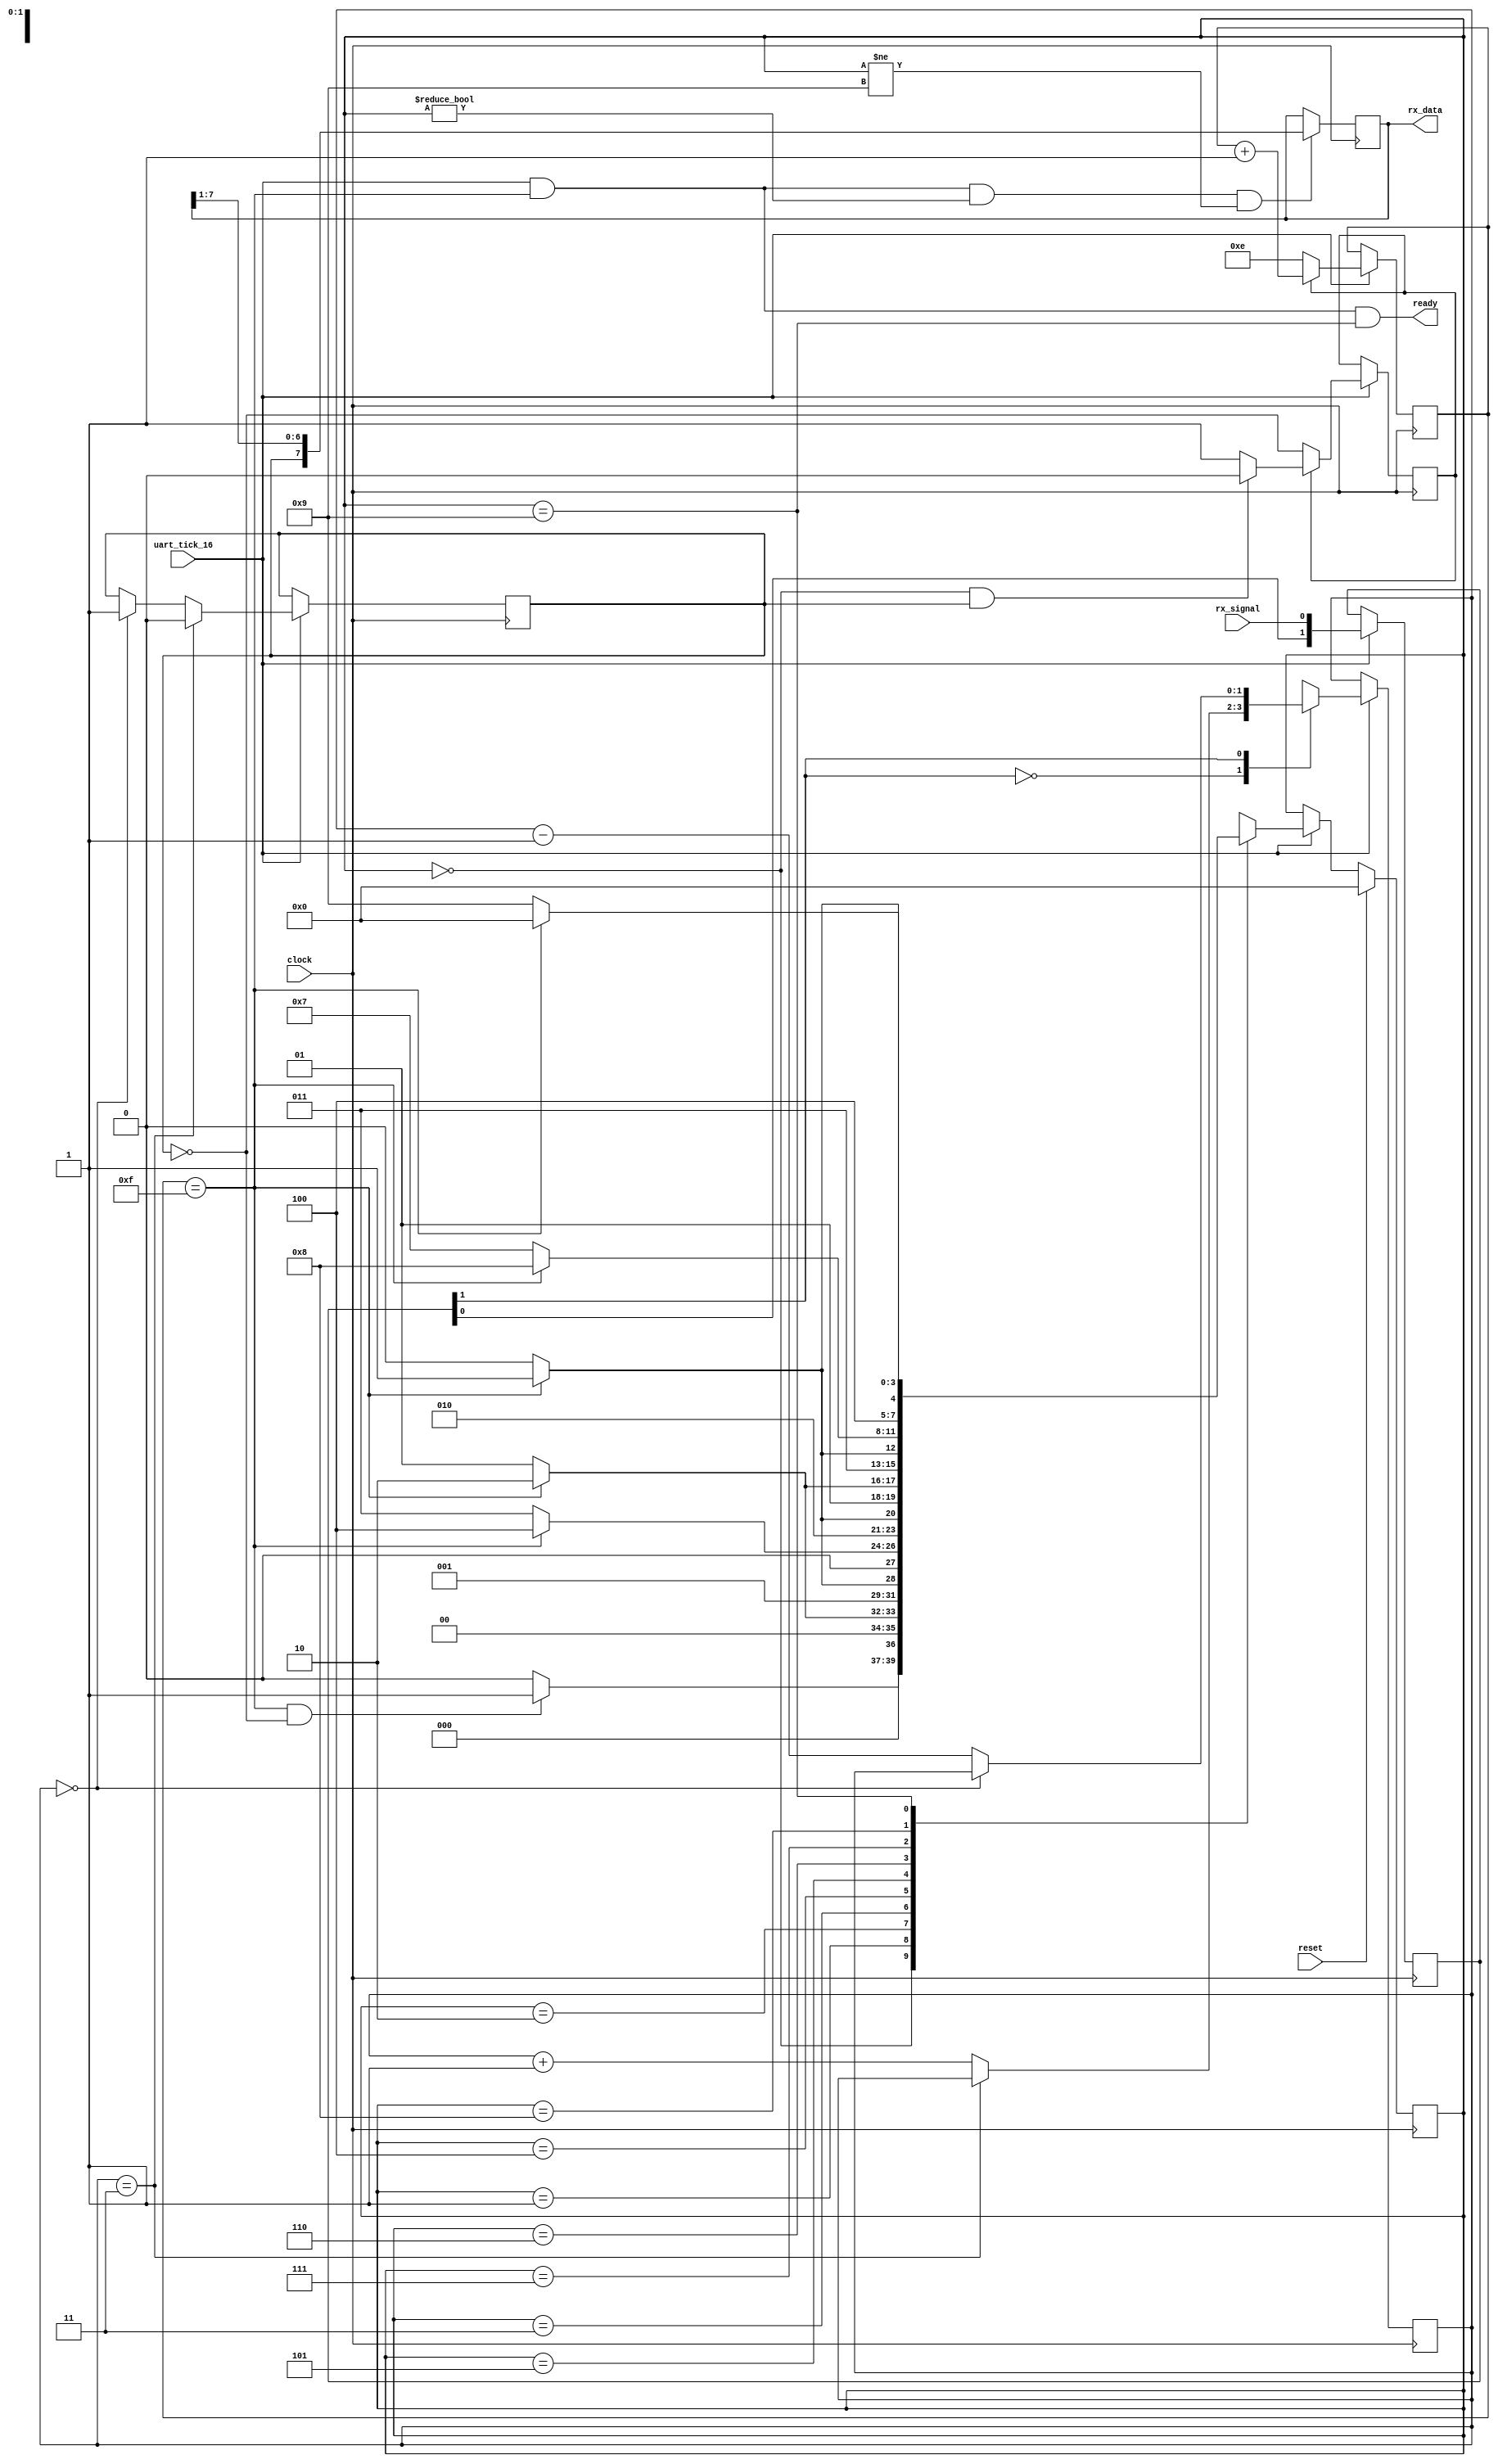
module RX (
    input           clock,
    input           reset,
    input           uart_tick_16,
    input           rx_signal,

    output           ready,
    output reg [7:0] rx_data = 0
);
    localparam [3:0] IDLE    = 0;
    localparam [3:0] BIT0    = 1;
    localparam [3:0] BIT1    = 2;
    localparam [3:0] BIT2    = 3;
    localparam [3:0] BIT3    = 4;
    localparam [3:0] BIT4    = 5;
    localparam [3:0] BIT5    = 6;
    localparam [3:0] BIT6    = 7;
    localparam [3:0] BIT7    = 8;
    localparam [3:0] STOP    = 9;

    reg [1:0]   rx_sync = 3;
    reg [1:0]   rx_count = 0;
    reg         rx_bit = 1;

    reg [3:0]   state = IDLE;
    reg         clock_lock = 0;
    reg [3:0]   rx_bit_spacing = 4'b1110;

    always @ (posedge clock) begin
        if (uart_tick_16)
            rx_sync <= {rx_sync[0], rx_signal};
        else
            rx_sync <= rx_sync;
    end

    always @ (posedge clock) begin
        if (uart_tick_16) begin
            case (rx_sync[1])
                0: rx_count <= (rx_count == 2'b11) ? rx_count : rx_count + 1'b1;
                1: rx_count <= (rx_count == 2'b00) ? rx_count : rx_count - 1'b1;
            endcase

            rx_bit <= (rx_count == 2'b11) ? 1'b0 : ( (rx_count == 2'b00) ? 1'b1 : rx_bit );
        end
        else begin
            rx_count <= rx_count;
            rx_bit   <= rx_bit;
        end
    end

    always @ (posedge clock) begin
        if (uart_tick_16) begin
            if (~clock_lock)
                clock_lock <= ~rx_bit;
            else
                clock_lock <= ((state == IDLE) && rx_bit) ? 1'b0 : clock_lock;

            rx_bit_spacing <= (clock_lock) ? rx_bit_spacing + 1'b1 : 4'b1110;
        end

        else begin
            clock_lock      <= clock_lock;
            rx_bit_spacing  <= rx_bit_spacing;
        end
    end

    wire rx_rc_bit = (rx_bit_spacing == 4'b1111);

    always @ (posedge clock) begin
        if (reset) state <= IDLE;

        else if (uart_tick_16) begin
            case (state)
                IDLE: state <= (rx_rc_bit & (rx_bit == 0)) ? BIT0 : IDLE;
                BIT0: state <= (rx_rc_bit) ? BIT1 : BIT0;
                BIT1: state <= (rx_rc_bit) ? BIT2 : BIT1;
                BIT2: state <= (rx_rc_bit) ? BIT3 : BIT2;
                BIT3: state <= (rx_rc_bit) ? BIT4 : BIT3;
                BIT4: state <= (rx_rc_bit) ? BIT5 : BIT4;
                BIT5: state <= (rx_rc_bit) ? BIT6 : BIT5;
                BIT6: state <= (rx_rc_bit) ? BIT7 : BIT6;
                BIT7: state <= (rx_rc_bit) ? STOP : BIT7;
                STOP: state <= (rx_rc_bit) ? IDLE : STOP;
                default: state <= 4'bxxxx;
            endcase
        end

        else state <= state;
    end

    wire read_value = (uart_tick_16 & rx_rc_bit & (state != IDLE) & (state != STOP));

    always @ (posedge clock) begin
        rx_data <= (read_value) ? {rx_bit, rx_data[7:1]} : rx_data[7:0];
    end

    assign ready = (uart_tick_16 & rx_rc_bit & (state == STOP));

endmodule